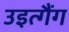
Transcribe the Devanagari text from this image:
उइत्गैंग